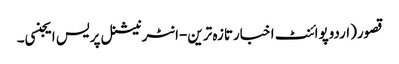
قصور(اردوپوائنٹ اخبارتازہ ترین-انٹرنیشنل پریس ایجنسی۔